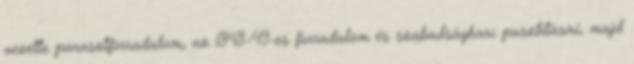
vezette parasztforradalom, az 1848–49-es forradalom és szabadságharc pusztításai, majd